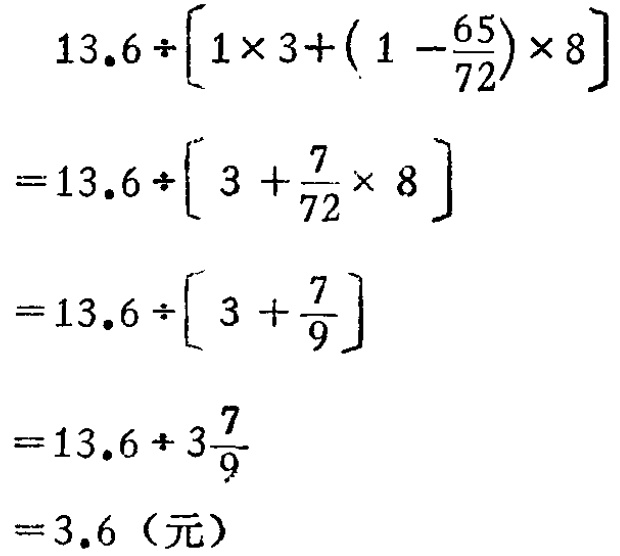
\[

\begin{align*}

&13.6\div\left[1\times3+\left(1 - \frac{65}{72}\right)\times8\right]\\

=&13.6\div\left[3+\frac{7}{72}\times8\right]\\

=&13.6\div\left[3+\frac{7}{9}\right]\\

=&13.6\div3\frac{7}{9}\\

=&3.6（元）

\end{align*}

\]